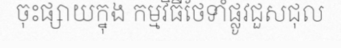
ចុះផ្សាយក្នុង កម្មវិធីថែទាំផ្លូវជួសជុល